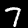
Digit: 7